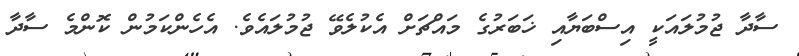
ސާދާ ޖުމުލައަކީ އިސްބަޔާއި ޚަބަރުގެ މައްޗަށް އެކުލެވޭ ޖުމުލައެވެ. އެހެންކަމުން ކޮންމެ ސާދާ